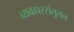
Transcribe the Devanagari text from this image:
व्यवहारसंतुलन